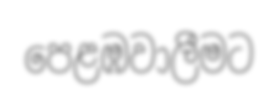
පෙළඹවාලීමට